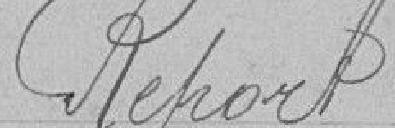
Report